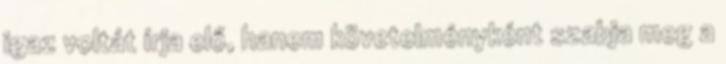
igaz voltát írja elő, hanem követelményként szabja meg a